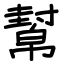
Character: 幫